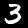
Label: 3